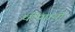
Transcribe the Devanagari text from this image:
कीगायों